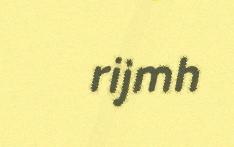
rijmh